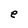
Character: e